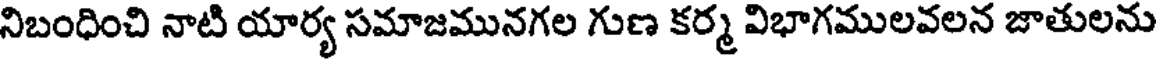
నిబంధించి నాటి యార్య సమాజమునగల గుణ కర్మ విభాగములవలన జాతులను